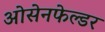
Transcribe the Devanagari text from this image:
ओसेनफेल्डर